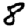
Digit: 8